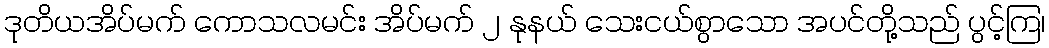
ဒုတိယအိပ်မက် ကောသလမင်း အိပ်မက် ၂ နုနယ် သေးငယ်စွာသော အပင်တို့သည် ပွင့်ကြ၊